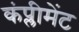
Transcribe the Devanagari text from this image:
कंप्लीमेंट